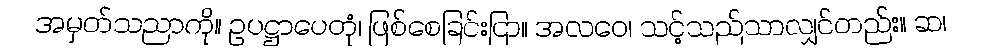
အမှတ်သညာကို။ ဥပဋ္ဌာပေတုံ၊ ဖြစ်စေခြင်းငြာ။ အလဝေ၊ သင့်သည်သာလျှင်တည်း။ ဆ၊